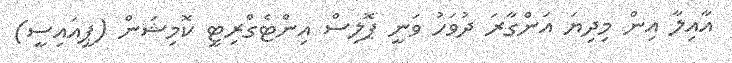
އާއިލާ އިން މިދިޔަ އަންގާރަ ދުވަހު ވަނީ ޕޮލިސް އިންޓެގްރިޓީ ކޮމިޝަން (ޕީއައިސީ)